Civil Veterinary Dept. Bombay admin report 1893-99 - 1893-1899
Year: 1893
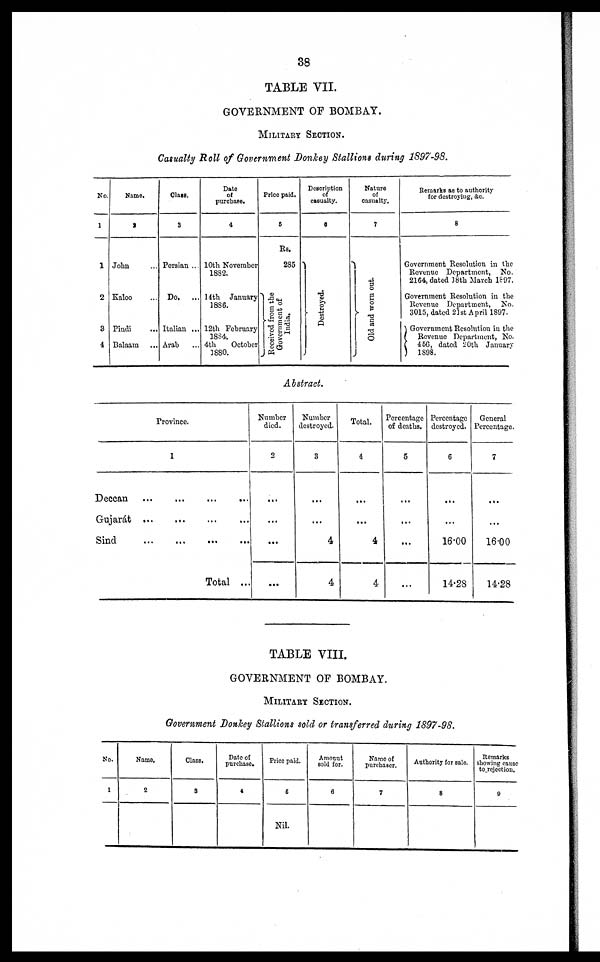
38
TABLE VII.
GOVERNMENT OF BOMBAY.
MILITARY SECTION.
Casualty Roll of Government Donkey Stallions during 1897-98.
No.
1
1
2
3
4
Name.
2
John …
Kaloo …
Pindi …
Balaam …
Class.
3
Persian ...
Do.
...
Italian ...
Arab …
Date
of
purchase.
4
10th November
1832.
14th January
1886.
12bh February
1884.
4th
October
1880.
Price paid.
5
Rs.
285
Received from the
Government of
India.
Description
of
casualty.
6
Destroyed.
Nature
of
casualty.
7
Ol d and worn out.
Remarks as to authority
for destroying, &c.
8
Government Resolution in the
Revenue Department, No.
2164, dated 18th March 1897.
Government Resolution in the
Revenue Department, No.
3015, dated 21st April 1897.
Government Resolution in the
Revenue Department, No.
466, dated 20th January
1898.
Abstract.
Province.
1
Deccan
Gujarat
Sind
… …
… …
… …
… …
… …
… …
Total ...
Number
died.
2
...
...
...
…
Number
destroyed.
3
…
...
4
4
Total.
4
…
...
4
4
Percentage
of deaths.
5
…
...
...
…
Percentage
destroyed.
6
…
...
16.00
14.28
General
Percentage.
7
…
...
16.00
14.28
TABLE VIII.
GOVERNMENT OF BOMBAY.
MILITAEY SECTION.
Government Donkey Stallions sold or transferred during 1897-98.
No.
1
Name,
2
Class.
3
Date of
purchase.
4
Price paid.
5
Nil.
Amount
sold for.
6
Name of
purchaser.
7
Authority for sale.
8
Remarks
showing cause
to rejection.
9